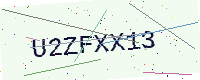
Text: U2ZFXX13